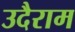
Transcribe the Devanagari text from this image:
उदैराम